Scottish Leaving Certificate Examination, 1961
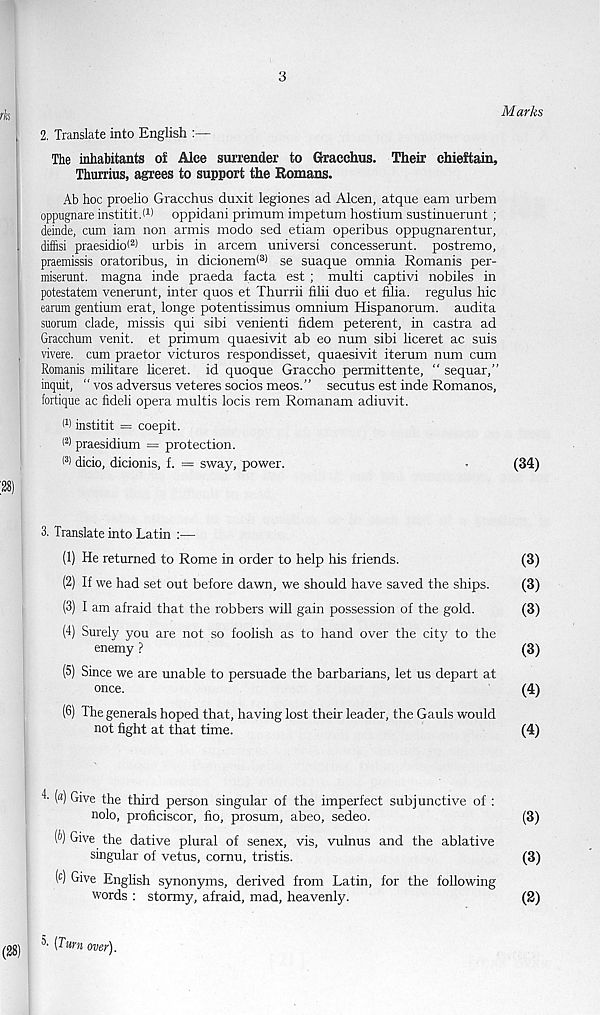
3
Marks
2. Translate into English :—
The inhabitants of Alee surrender to Gracchus. Their chieftain,
Thurrius, agrees to support the Romans.
Ab hoc proelio Gracchus duxit legiones ad Alcen, atque earn urbem
oppugnare institit.W oppidani primum impetum hostium sustmuerunt ;
deinde, cum iam non armis modo sed etiam operibus oppugnarentur,
diffisi praesidio( a) urbis in arcem universi concesserunt. postremo,
praemissis oratoribus, in dicionem( 3 > se suaque omnia Romanis per-
miserunt. magna inde praeda facta est ; multi captivi nobiles in
potestatem venerunt, inter quos et Thurrii filii duo et fUia. regulus hie
earum gentium erat, longe potentissimus omnium Hispanorum. audita
suorum clade, missis qui sibi venienti fidem peterent, in castra ad
Gracchum venit. et primum quaesivit ab eo num sibi liceret ac suis
vivere. cum praetor victuros respondisset, quaesivit iterum num cum
Romanis militare liceret. id quoque Graccho permittente, “ sequar,”
inquit, “ vos adversus veteres socios meos.” secutus est inde Romanos,
fortique ac fideli opera multis locis rem Romanam adiuvit.
(1 > institit = coepit.
(2) praesidium = protection.
I s ) dicio, dicionis, f. = sway, power.
*
(34)
3. Translate into Latin :—
(1) He returned to Rome in order to help his friends.
(3)
(2) If we had set out before dawn, we should have saved the ships.
(3)
(3) I am afraid that the robbers will gain possession of the gold.
(3)
(4) Surely you are not so foolish as to hand over the city to the
enemy ?
(3)
(5) Since we are unable to persuade the barbarians, let us depart at
once.
(4)
(6) The generals hoped that, having lost their leader, the Gauls would
not fight at that time.
(4)
4' (a) Give the third person singular of the imperfect subjunctive of :
nolo, proficiscor, fio, prosum, abeo, sedeo.
(3)
[b) Give the dative plural of senex, vis, vulnus and the ablative
singular of vetus, cornu, tristis.
(3)
( c ) Give English synonyms, derived from Latin, for the following
words : stormy, afraid, mad, heavenly.
(2)
[Turn over).